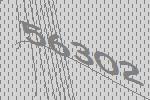
56302